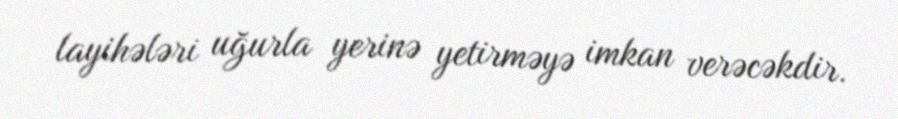
layihələri uğurla yerinə yetirməyə imkan verəcəkdir.